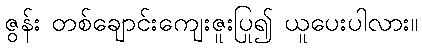
ဇွန်း တစ်ချောင်းကျေးဇူးပြု၍ ယူပေးပါလား။